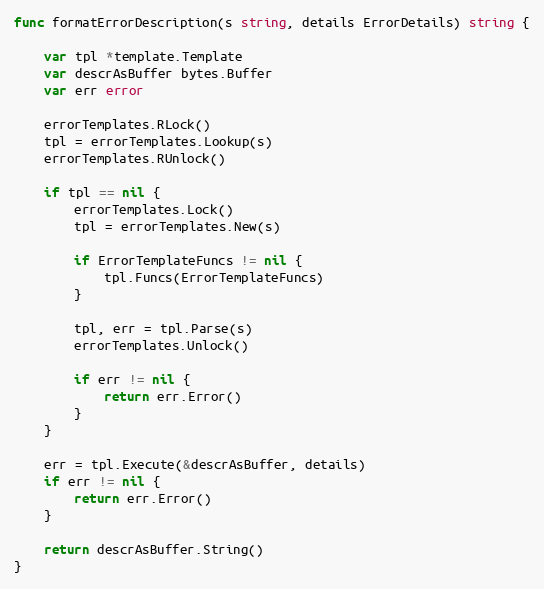
Language: Go
func formatErrorDescription(s string, details ErrorDetails) string {

	var tpl *template.Template
	var descrAsBuffer bytes.Buffer
	var err error

	errorTemplates.RLock()
	tpl = errorTemplates.Lookup(s)
	errorTemplates.RUnlock()

	if tpl == nil {
		errorTemplates.Lock()
		tpl = errorTemplates.New(s)

		if ErrorTemplateFuncs != nil {
			tpl.Funcs(ErrorTemplateFuncs)
		}

		tpl, err = tpl.Parse(s)
		errorTemplates.Unlock()

		if err != nil {
			return err.Error()
		}
	}

	err = tpl.Execute(&descrAsBuffer, details)
	if err != nil {
		return err.Error()
	}

	return descrAsBuffer.String()
}